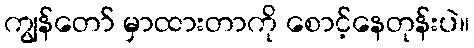
ကျွန်တော် မှာထားတာကို စောင့်နေတုန်းပဲ။